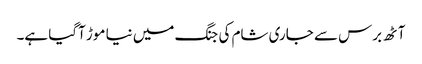
آٹھ برس سے جاری شام کی جنگ میں نیا موڑ آگیا ہے۔